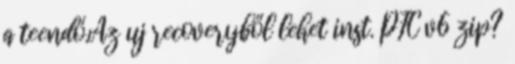
a teendő.Az uj recoveryből lehet inst. PFC v6 zip?